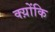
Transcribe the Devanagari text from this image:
क्य़ोंकि